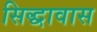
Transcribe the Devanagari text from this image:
सिद्धावास